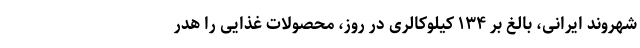
شهروند ایرانی، بالغ بر ۱۳۴ کیلوکالری در روز، محصولات غذایی را هدر